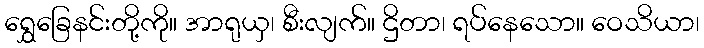
ရွှေခြေနင်းတို့ကို။ အာရုယှ၊ စီးလျက်။ ဌိတာ၊ ရပ်နေသော။ ဝေသိယာ၊